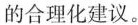
的合理化建议。